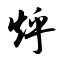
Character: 烀